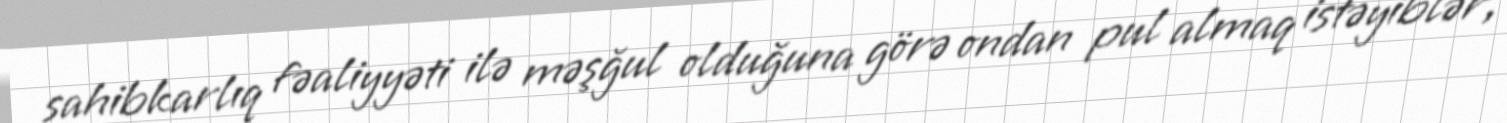
sahibkarlıq fəaliyyəti ilə məşğul olduğuna görə ondan pul almaq istəyiblər,